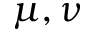
\mu , \nu